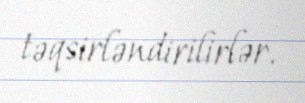
təqsirləndirilirlər.